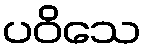
ပဝိသေ